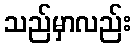
သည်မှာလည်း